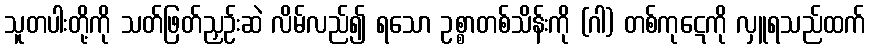
သူတပါးတို့ကို သတ်ဖြတ်ညှဉ်းဆဲ လိမ်လည်၍ ရသော ဥစ္စာတစ်သိန်းကို (ဂါ) တစ်ကုဋေကို လှူရသည်ထက်